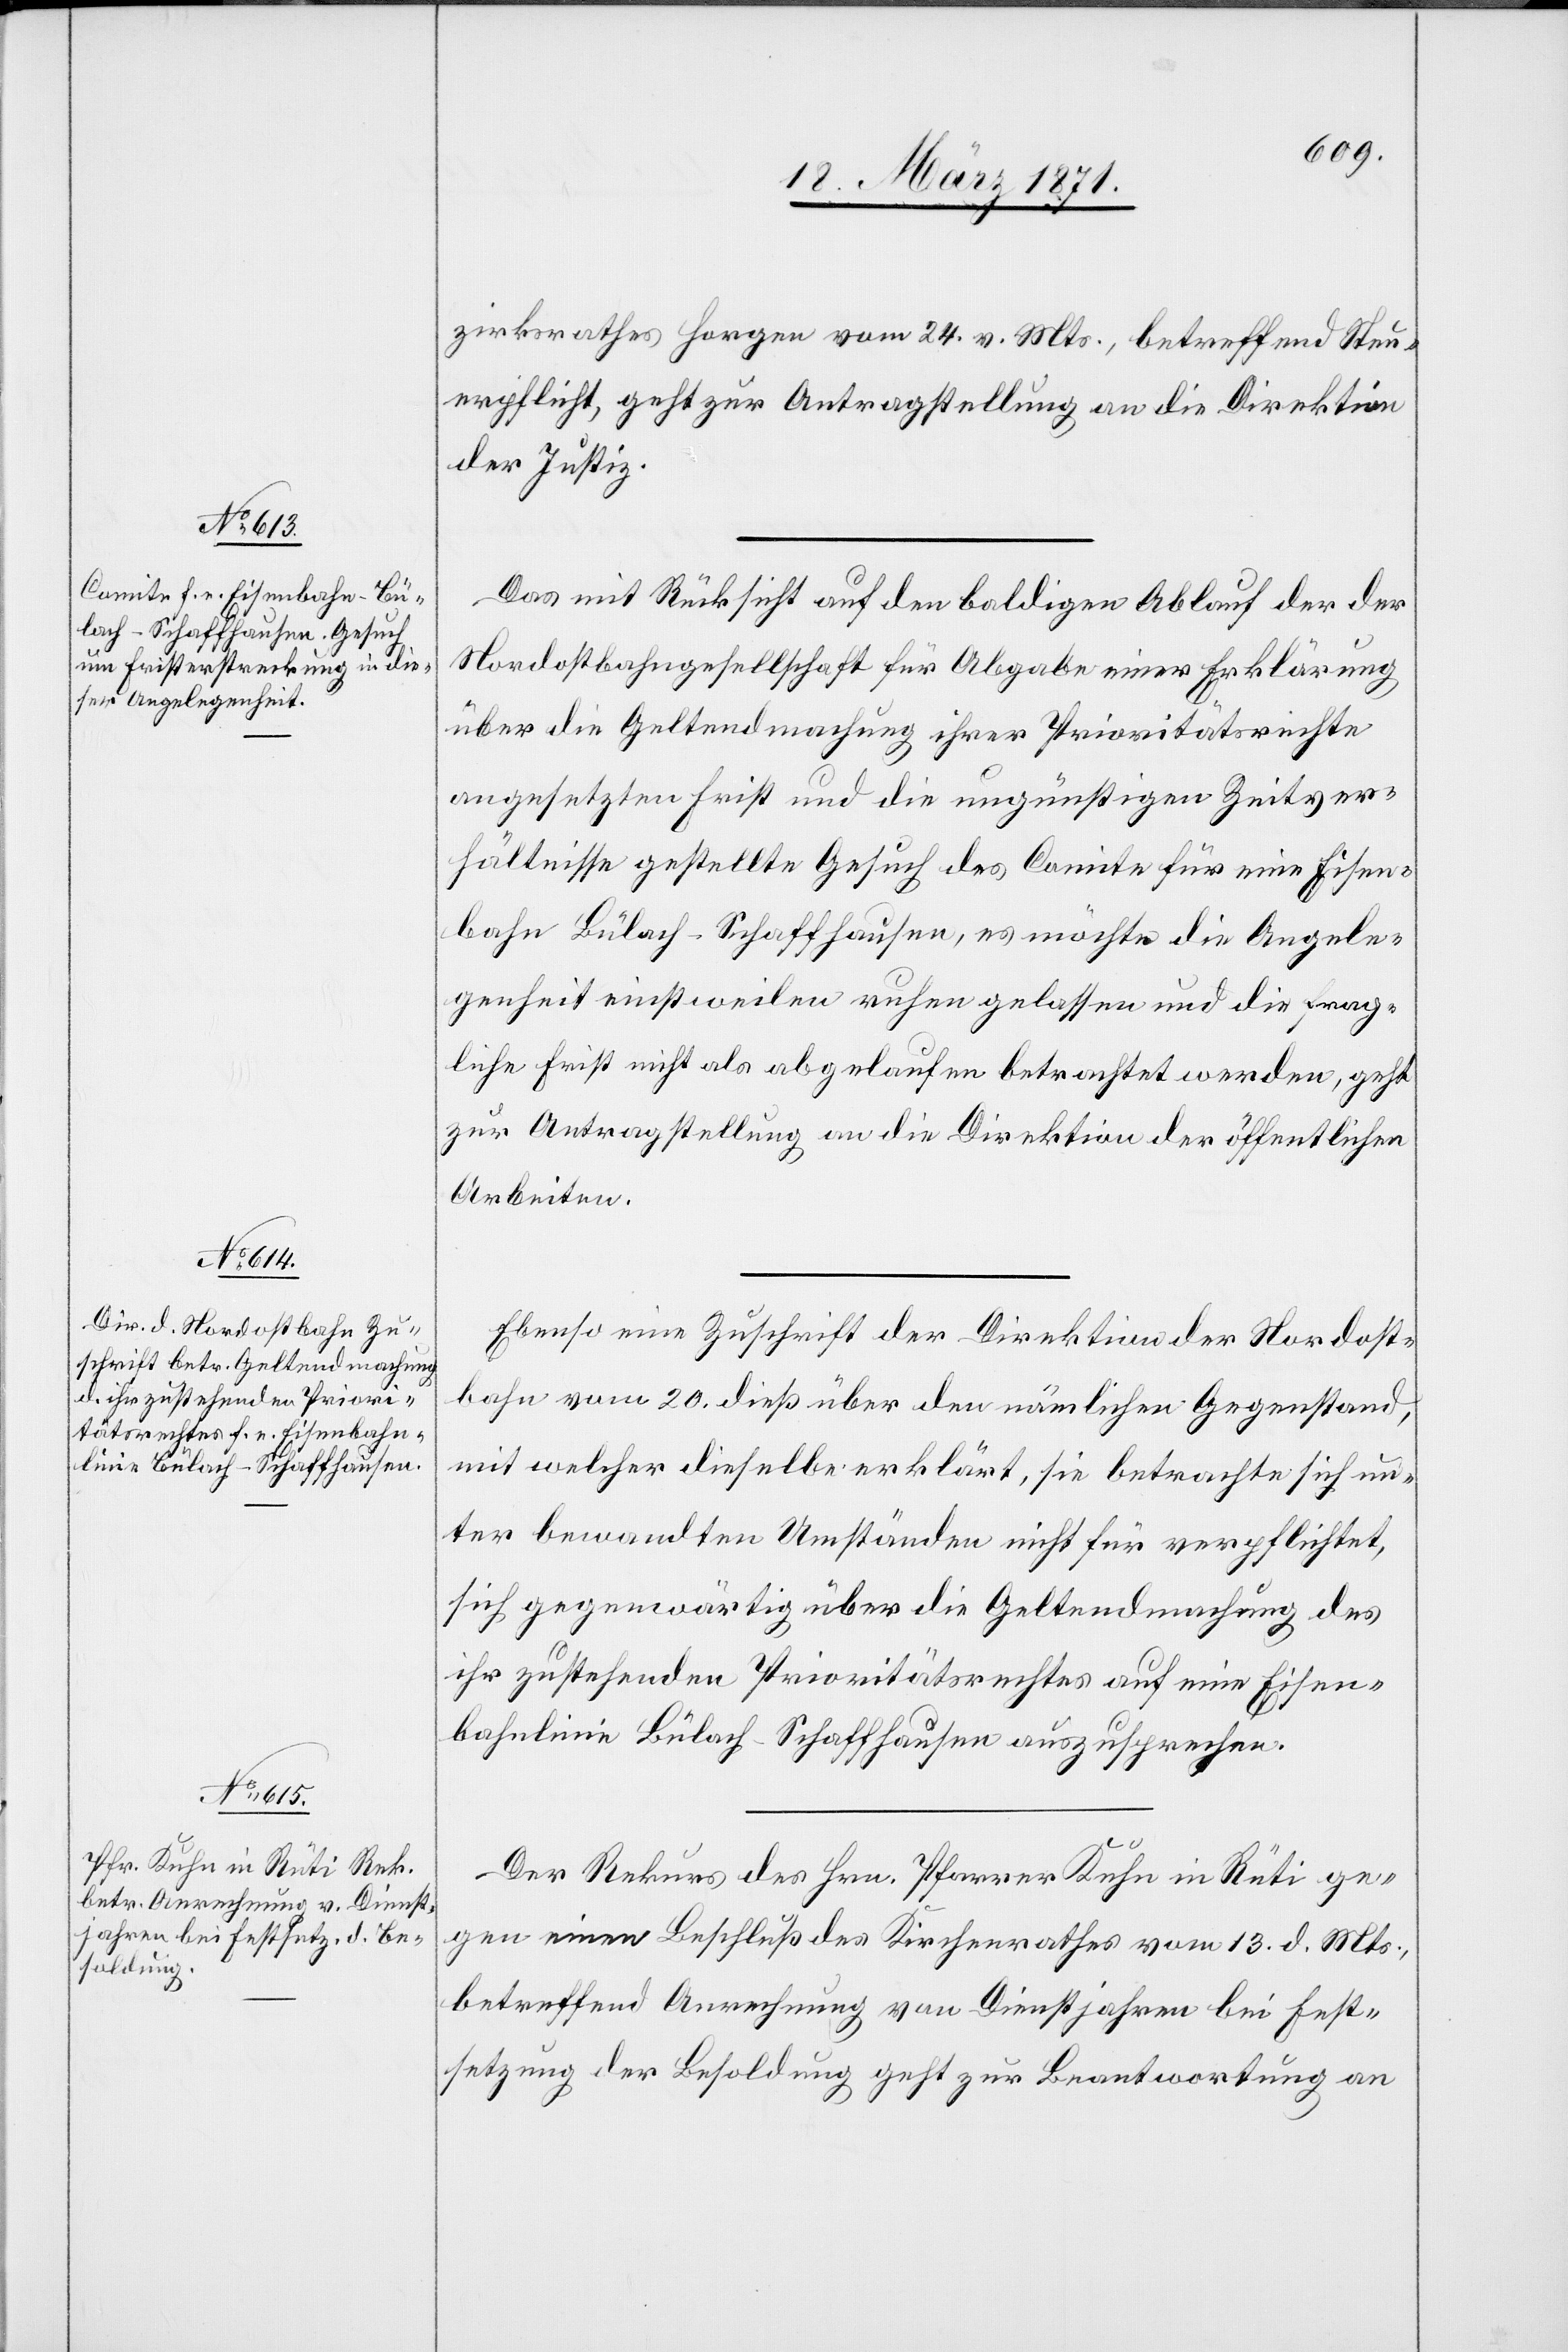
22. März 1871.]
zirksrathes Horgen vom 24. v. Mts., betreffend Steu¬
erpflicht, geht zur Antragstellung an die Direktion
der Justiz.
Das mit Rücksicht auf den baldigen Ablauf der der
Nordostbahngesellschaft für Abgabe einer Erklärung
über die Geltendmachung ihrer Prioritätsrechte
angesetzten Frist und die ungünstigen Zeitver¬
hältnisse gestellte Gesuch des Comite für eine Eisen¬
bahn Bülach-Schaffhausen, es möchte die Angele¬
genheit einstweilen ruhen gelassen und die frag¬
liche Frist nicht als abgelaufen betrachtet werden, geht
zur Antragstellung an die Direktion der öffentlichen
Arbeiten.
Ebenso eine Zuschrift der Direktion der Nordost¬
bahn vom 20. dieß über den nämlichen Gegenstand,
mit welcher dieselbe erklärt, sie betrachte sich un¬
ter bewandten Umständen nicht für verpflichtete,
sich gegenwärtig über die Geltendmachung des
ihr zustehenden Prioritätsrechtes auf eine Eisen¬
bahnlinie Bülach-Schaffhausen auszusprechen.
Der Rekurs des Hrn. Pfarrer Kuhn in Rüti ge¬
gen einen Beschluß des Kirchenrathes vom 13. d. Mts.,
betreffend Anrechnung von Dienstjahren bei Fest¬
setzung der Besoldung geht zur Beantwortung an